Leaving Certificate Examination, 1914
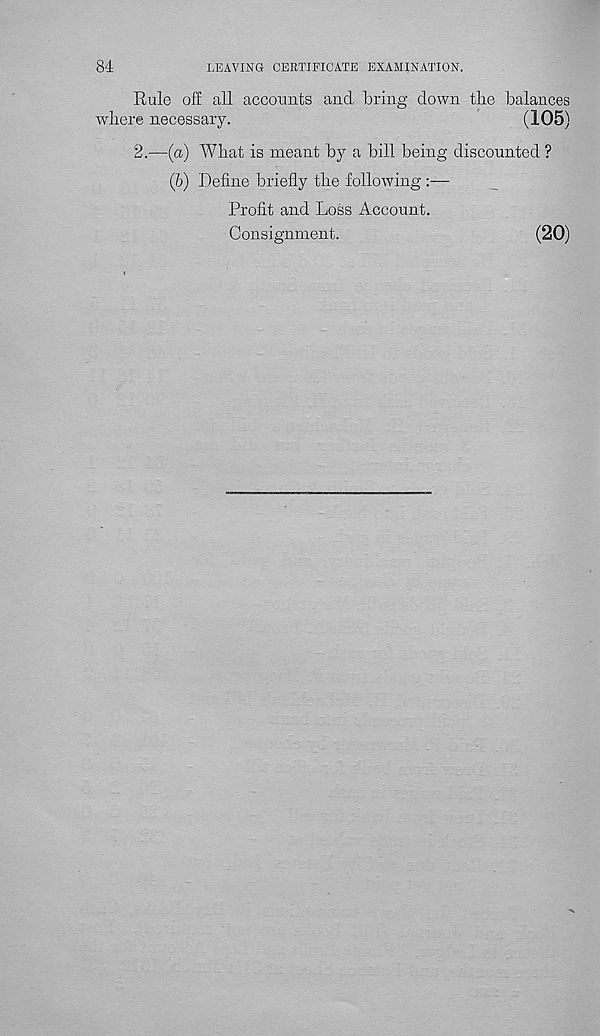
84
LEAVING CERTIFICATE EXAMINATION.
Rule off all accounts and bring down the balances
where necessary.
(105)
2.—(a) What is meant by a bill being discounted ?
(6) Define briefly the following :—
Profit and Loss Account.
Consignment.
(20)